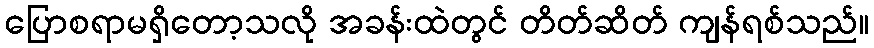
ပြောစရာမရှိတော့သလို အခန်းထဲတွင် တိတ်ဆိတ် ကျန်ရစ်သည်။